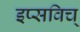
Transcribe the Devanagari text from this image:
इप्सविच्‌